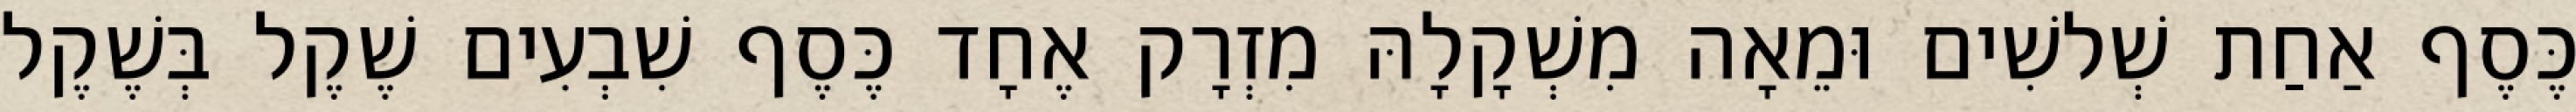
כֶּסֶף אַחַת שְׁלשִׁים וּמֵאָה מִשְׁקָלָהּ מִזְרָק אֶחָד כֶּסֶף שִׁבְעִים שֶׁקֶל בְּשֶׁקֶל